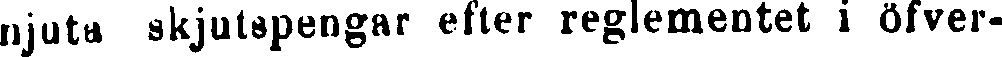
njuta skjutspengar efter reglementet i öfver-